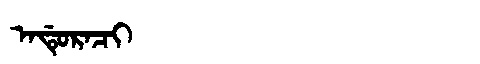
Manchu: ᠠᡩᡠᡵᠠᠴᡳ
Romanization: ADURACI